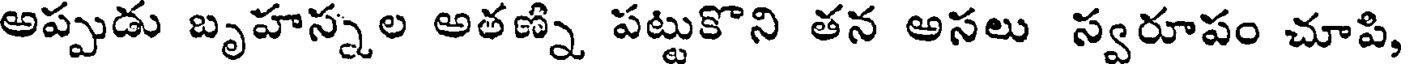
అప్పుడు బృహస్నల అతణ్ని పట్టుకొని తన అసలు స్వరూపం చూపి,